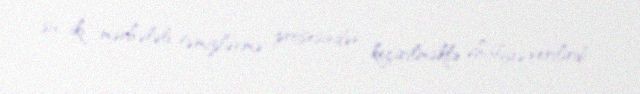
su iki mərhələli təmizlənmə prosesindən keçirilməklə əhaliyə verilirdi.